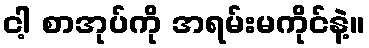
ငါ့ စာအုပ်ကို အရမ်းမကိုင်နဲ့။